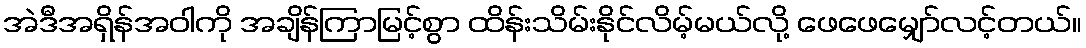
အဲဒီအရှိန်အဝါကို အချိန်ကြာမြင့်စွာ ထိန်းသိမ်းနိုင်လိမ့်မယ်လို့ ဖေဖေမျှော်လင့်တယ်။